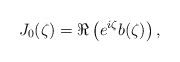
\begin{align*}J_0(\zeta) = \Re\left( e^{i\zeta}b(\zeta) \right),\end{align*}